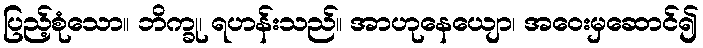
ပြည့်စုံသော။ ဘိက္ခု၊ ရဟန်းသည်။ အာဟုနေယျော၊ အဝေးမှဆောင်၍